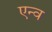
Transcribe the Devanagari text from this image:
एन्व